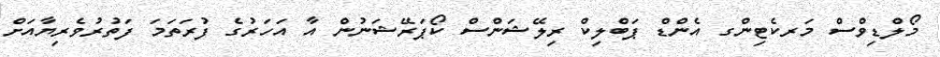
މޯލްޑިވްސް މަރކެޓިންގ އެންޑް ޕަބްލިކް ރިލޭޝަންސް ކޯޕަރޭޝަނުން އާ އަހަރުގެ ފުރަތަމަ ފަތުރުވެރިޔާއަށް